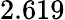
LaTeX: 2.619